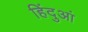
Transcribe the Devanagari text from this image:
हिंदुआं